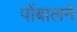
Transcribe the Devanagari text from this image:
पोंबालने